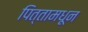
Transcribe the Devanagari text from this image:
पित्तामधून